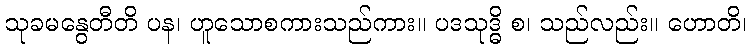
သုခမနွေတီတိ ပန၊ ဟူသောစကားသည်ကား။ ပဒသုဒ္ဓိ စ၊ သည်လည်း။ ဟောတိ၊